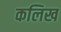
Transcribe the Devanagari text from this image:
कलिख